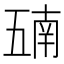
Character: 𫡵